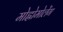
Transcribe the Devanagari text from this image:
मोह्लोमोलेंग